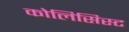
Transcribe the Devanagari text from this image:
कोलिसिस्ट